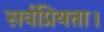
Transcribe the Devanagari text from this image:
सर्वप्रियता।